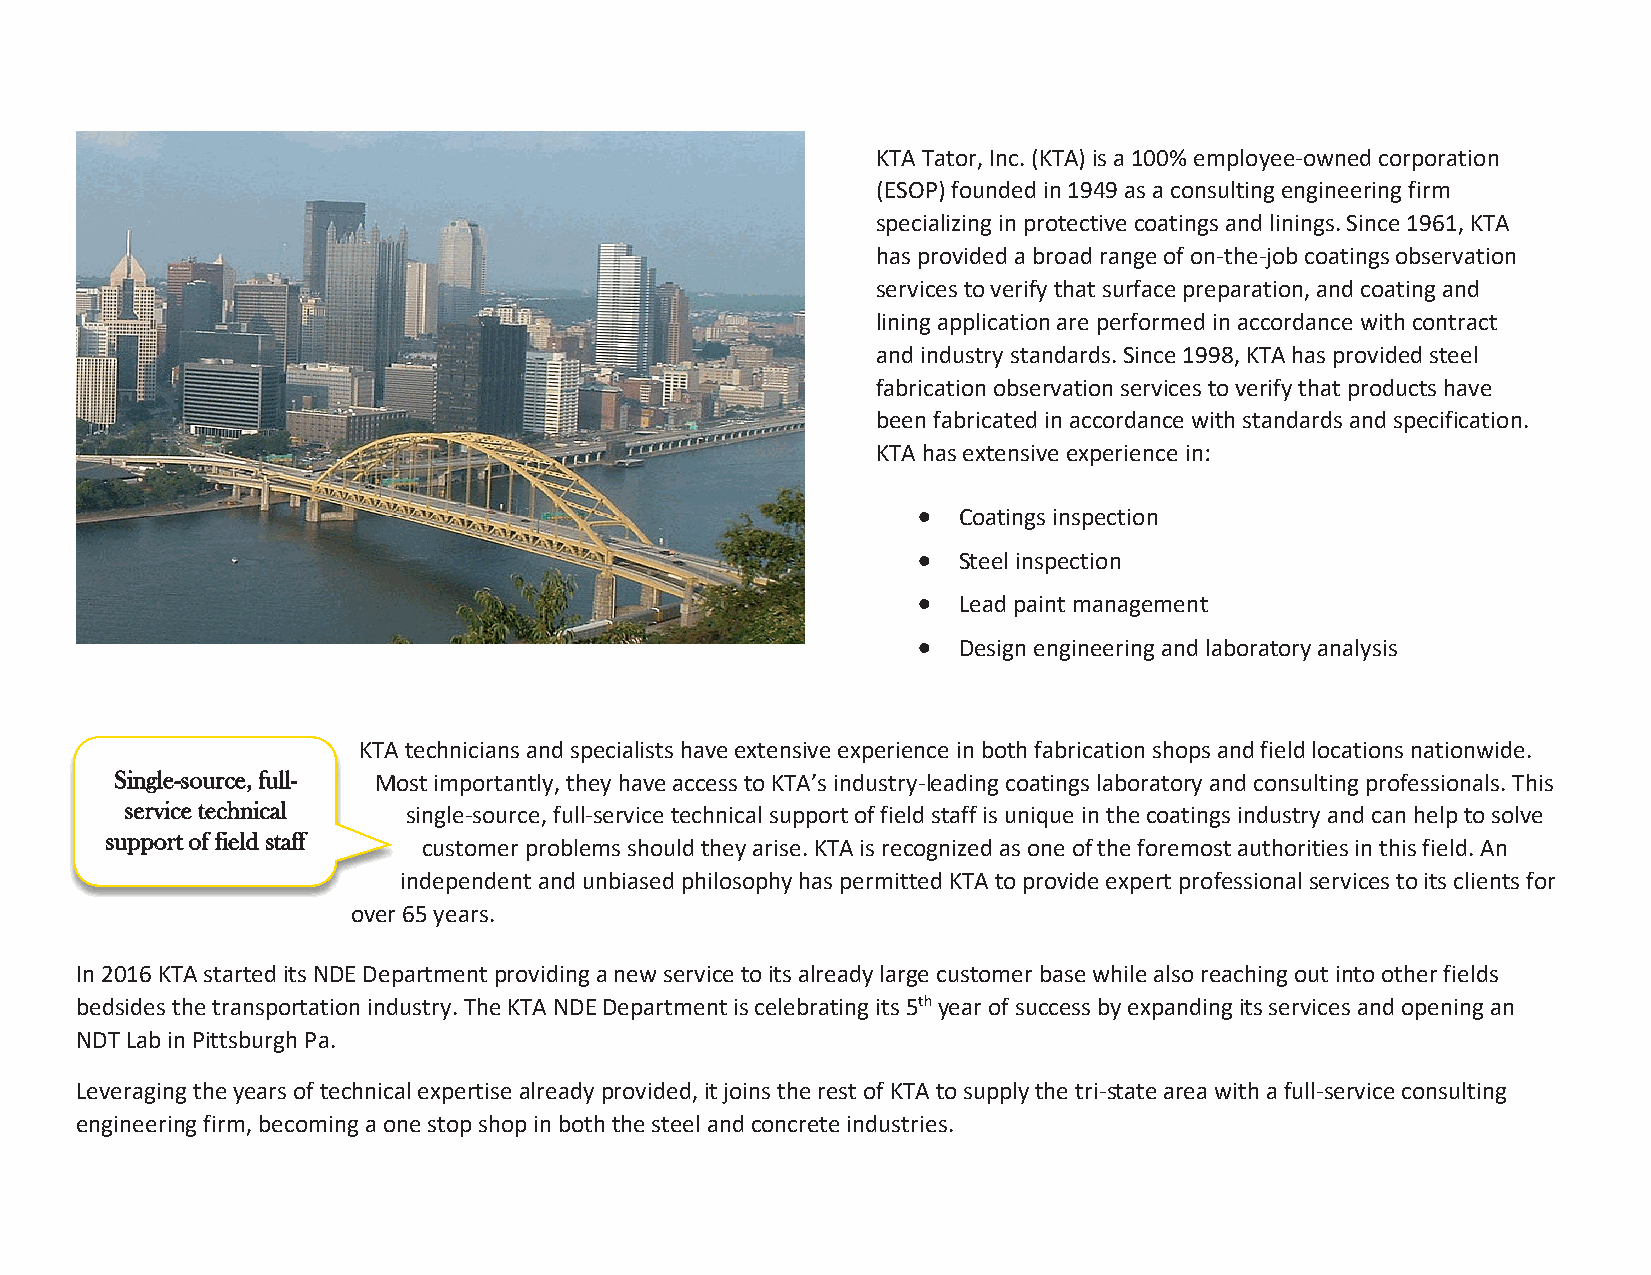
KTA Tator, Inc. (KTA) is a 100% employee-owned corporation
 (ESOP) founded in 1949 as a consulting engineering firm
 specializing in protective coatings and linings. Since 1961, KTA
 has provided a broad range of on-the-job coatings observation
 services to verify that surface preparation, and coating and
 lining application are performed in accordance with contract
 and industry standards. Since 1998, KTA has provided steel
 fabrication observation services to verify that products have
 been fabricated in accordance with standards and specification.
 KTA has extensive experience in:
 • Coatings inspection
 • Steel inspection
 • Lead paint management
 • Design engineering and laboratory analysis
 KTA technicians and specialists have extensive experience in both fabrication shops and field locations nationwide.
 SSiinnggllee--ssoouurrccee,, ffuullll-- Most importantly, they have access to KTA’s industry-leading coatings laboratory and consulting professionals. This
 sseerrvviiccee tteecchhnniiccaall single-source, full-service technical support of field staff is unique in the coatings industry and can help to solve
 ssuuppppoorrtt ooff ffiieelldd ssttaaffff
 customer problems should they arise. KTA is recognized as one of the foremost authorities in this field. An
 independent and unbiased philosophy has permitted KTA to provide expert professional services to its clients for
 over 65 years.
 In 2016 KTA started its NDE Department providing a new service to its already large customer base while also reaching out into other fields
 bedsides the transportation industry. The KTA NDE Department is celebrating its 5th year of success by expanding its services and opening an
 NDT Lab in Pittsburgh Pa.
 Leveraging the years of technical expertise already provided, it joins the rest of KTA to supply the tri-state area with a full-service consulting
 engineering firm, becoming a one stop shop in both the steel and concrete industries.